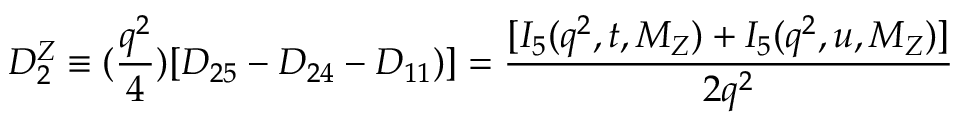
D _ { 2 } ^ { Z } \equiv ( { \frac { q ^ { 2 } } { 4 } } ) [ D _ { 2 5 } - D _ { 2 4 } - D _ { 1 1 } ) ] = { \frac { [ I _ { 5 } ( q ^ { 2 } , t , M _ { Z } ) + I _ { 5 } ( q ^ { 2 } , u , M _ { Z } ) ] } { 2 q ^ { 2 } } }